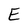
Character: E